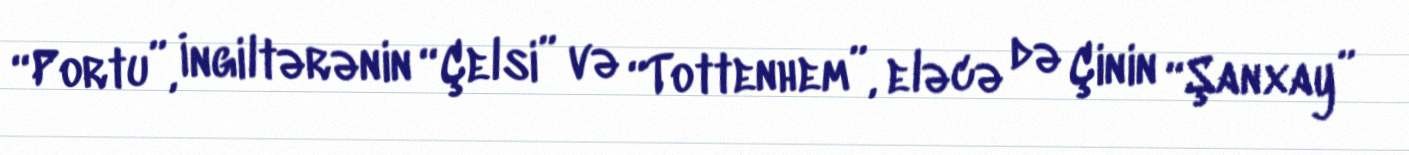
“Portu”, İngiltərənin “Çelsi” və “Tottenhem”, eləcə də Çinin “Şanxay”